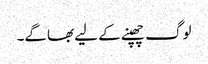
لوگ چھپنے کے لیے بھاگے۔